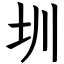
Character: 圳